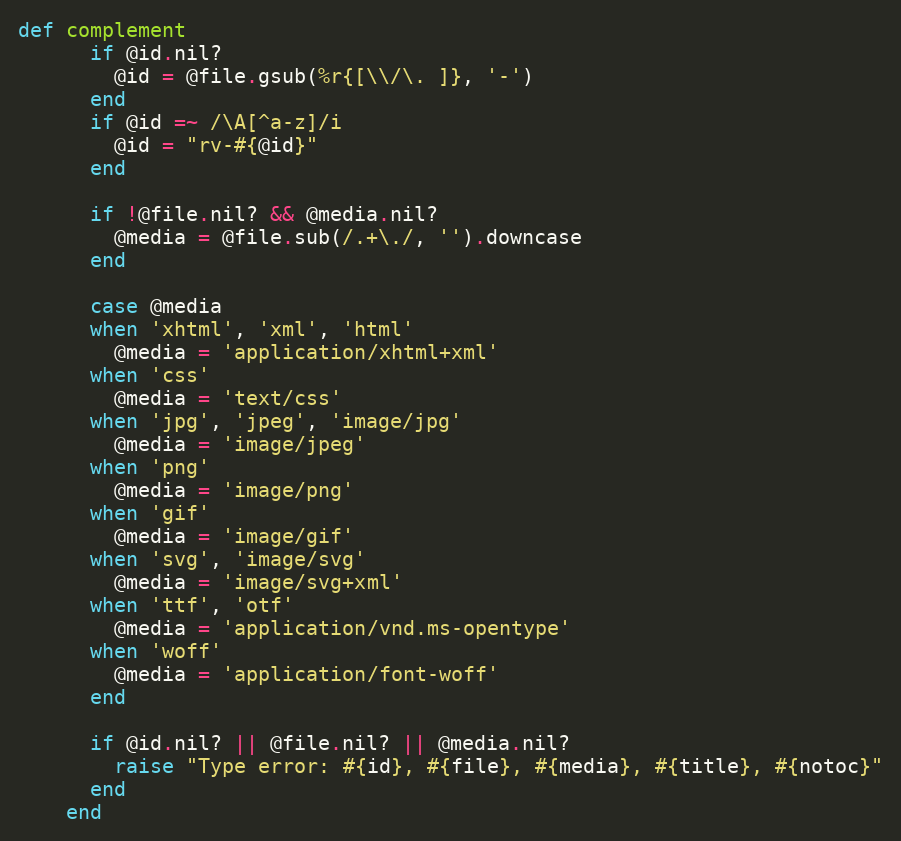
Language: Ruby
def complement
      if @id.nil?
        @id = @file.gsub(%r{[\\/\. ]}, '-')
      end
      if @id =~ /\A[^a-z]/i
        @id = "rv-#{@id}"
      end

      if !@file.nil? && @media.nil?
        @media = @file.sub(/.+\./, '').downcase
      end

      case @media
      when 'xhtml', 'xml', 'html'
        @media = 'application/xhtml+xml'
      when 'css'
        @media = 'text/css'
      when 'jpg', 'jpeg', 'image/jpg'
        @media = 'image/jpeg'
      when 'png'
        @media = 'image/png'
      when 'gif'
        @media = 'image/gif'
      when 'svg', 'image/svg'
        @media = 'image/svg+xml'
      when 'ttf', 'otf'
        @media = 'application/vnd.ms-opentype'
      when 'woff'
        @media = 'application/font-woff'
      end

      if @id.nil? || @file.nil? || @media.nil?
        raise "Type error: #{id}, #{file}, #{media}, #{title}, #{notoc}"
      end
    end